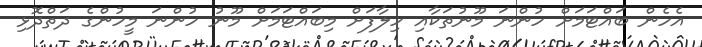
އެހެން ބައްޓަމަށް ހުންނަ މޫނުތަކާއި ހިލާފަށް މިބައްޓަމަށް މޫނު ހުންނަ މީހުންގެ ދަތްދޮޅި